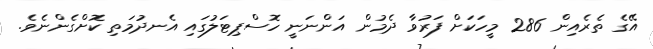
އޭގެ ތެރެއިން 286 މީހަކަށް ފަރުވާ ދެމުން އަންނަނީ ހޮސްޕިޓަލުގައި އެނދުމަތި ކޮށްގެންނެވެ.